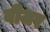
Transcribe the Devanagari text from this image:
बीजर